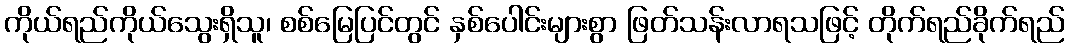
ကိုယ်ရည်ကိုယ်သွေးရှိသူ၊ စစ်မြေပြင်တွင် နှစ်ပေါင်းများစွာ ဖြတ်သန်းလာရသဖြင့် တိုက်ရည်ခိုက်ရည်